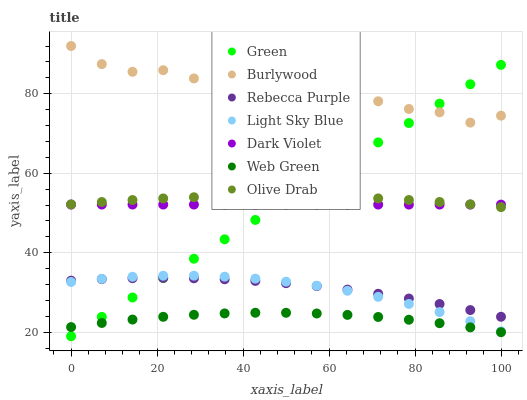
| xaxis_label | Green | Burlywood | Rebecca Purple | Light Sky Blue | Dark Violet | Web Green | Olive Drab |
 | --- | --- | --- | --- | --- | --- | --- | --- |
 | 0 | 19 | 92 | 33 | 32.7 | 52.1 | 21.3 | 52.2 |
 | 7.14 | 23.9 | 87.4 | 33.4 | 33.4 | 52.1 | 22.3 | 52.8 |
 | 14.3 | 28.8 | 85.5 | 33.6 | 34 | 52.1 | 23.2 | 53.3 |
 | 21.4 | 33.6 | 85.9 | 33.7 | 34.2 | 52.1 | 23.9 | 53.7 |
 | 28.6 | 38.5 | 83.8 | 33.6 | 34.2 | 52.1 | 24.4 | 54 |
 | 35.7 | 43.4 | 81.2 | 33.3 | 34 | 52.1 | 24.7 | 54.2 |
 | 42.9 | 48.3 | 85.5 | 32.9 | 33.5 | 52.1 | 24.9 | 54.3 |
 | 50 | 53.1 | 79.8 | 32.4 | 32.7 | 52.1 | 24.9 | 54.3 |
 | 57.1 | 58 | 76.8 | 31.6 | 31.7 | 52.1 | 24.7 | 54.2 |
 | 64.3 | 62.9 | 80.4 | 30.7 | 30.4 | 52.1 | 24.4 | 54 |
 | 71.4 | 67.8 | 78.1 | 29.7 | 28.9 | 52.1 | 23.9 | 53.7 |
 | 78.6 | 72.6 | 76.2 | 28.5 | 27.1 | 52.1 | 23.2 | 53.3 |
 | 85.7 | 77.5 | 75.3 | 27.1 | 25.1 | 52.1 | 22.3 | 52.8 |
 | 92.9 | 82.4 | 72.7 | 25.6 | 22.8 | 52.1 | 21.2 | 52.2 |
 | 100 | 87.3 | 74.5 | 23.9 | 20.2 | 52.1 | 20 | 51.5 |